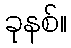
ခုနစ်။